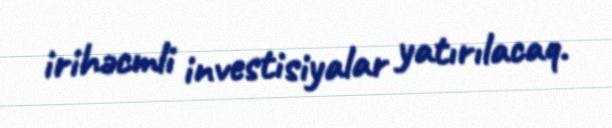
irihəcmli investisiyalar yatırılacaq.